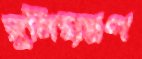
সুনিয়ন্ত্রণ